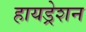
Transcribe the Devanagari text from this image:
हायड्रेशन